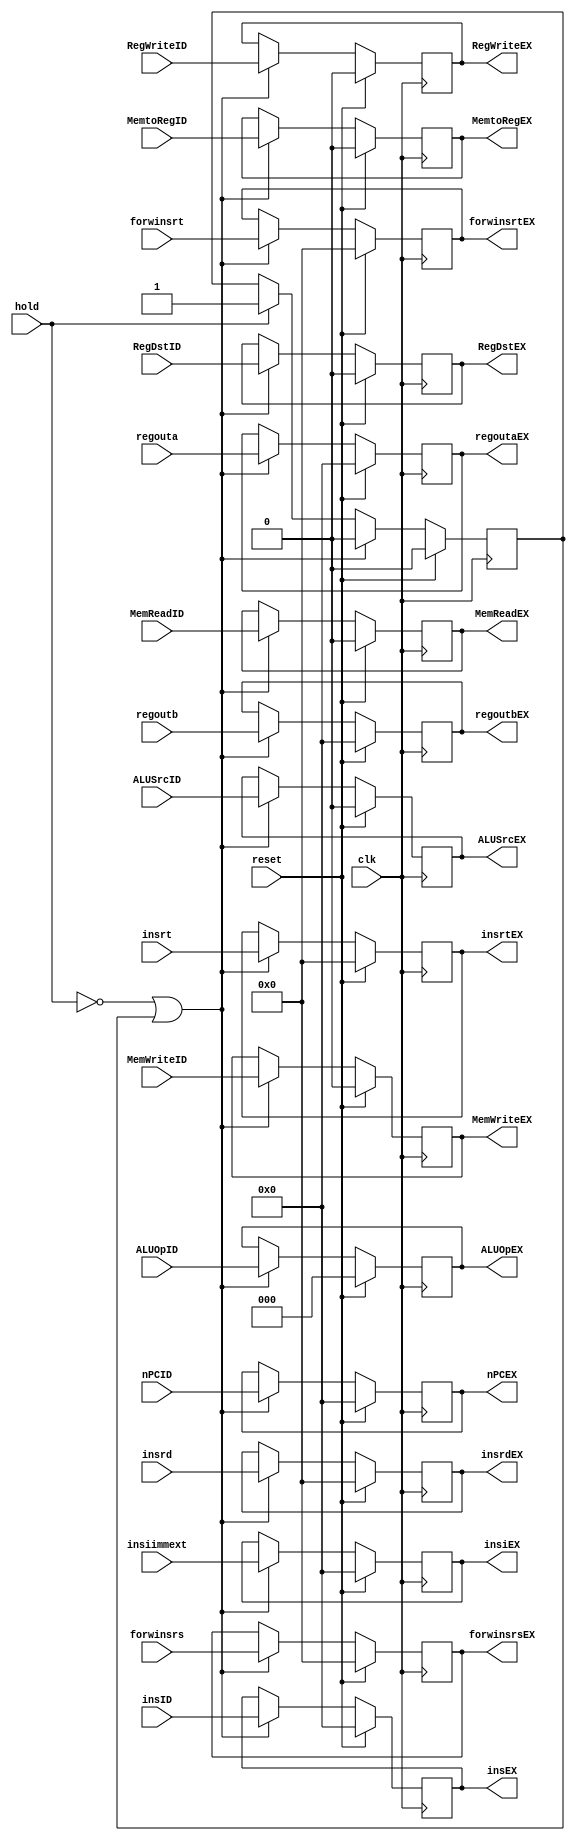
`timescale 1ns / 1ps
//////////////////////////////////////////////////////////////////////////////////
// Company: 
// Engineer: 
// 
// Design Name: 
// Module Name:    IDEX 
// Project Name: 
// Target Devices: 
// Tool versions: 
// Description: 
//
// Dependencies: 
//
// Revision: 
// Revision 0.01 - File Created
// Additional Comments: 
//
//////////////////////////////////////////////////////////////////////////////////
module IDEX(regoutaEX,regoutbEX,insEX,nPCEX,insiEX,insrtEX,insrdEX,MemWriteEX,MemReadEX,MemtoRegEX,RegWriteEX,ALUSrcEX,ALUOpEX,RegDstEX,regouta,regoutb,insID,nPCID,insiimmext,insrt,insrd,ALUOpID,RegDstID,ALUSrcID,MemWriteID,MemReadID,MemtoRegID,RegWriteID,clk,forwinsrs,forwinsrt,forwinsrsEX,forwinsrtEX,hold,reset);
input clk;
input[31:0] regouta;
input[31:0] regoutb;
input[31:0] insID;
input[31:0] nPCID;
input[31:0] insiimmext;
input[4:0] insrt;
input[4:0] insrd;
input[2:0] ALUOpID;
input RegDstID;
input ALUSrcID;
input MemWriteID;
input MemReadID;
input MemtoRegID;
input RegWriteID;
input [4:0]forwinsrs;
input [4:0]forwinsrt;
input hold;
input reset;
output reg[31:0] regoutaEX;
output reg[31:0] regoutbEX;
output reg[31:0] insEX;
output reg[31:0] nPCEX;
output reg[31:0] insiEX;
output reg[4:0] insrtEX;
output reg[4:0] insrdEX;
output reg MemWriteEX;
output reg MemReadEX;
output reg MemtoRegEX;
output reg RegWriteEX;
output reg ALUSrcEX;
output reg[2:0] ALUOpEX;
output reg RegDstEX;
output reg[4:0] forwinsrsEX;
output reg[4:0] forwinsrtEX;
reg flag;
initial begin
regoutaEX=32'b0;
regoutbEX=32'b0;
insEX=32'b0;
nPCEX=32'b0;
insiEX=32'b0;
insrtEX=5'b0;
insrdEX=5'b0;
MemWriteEX=1'b0;
MemReadEX=1'b0;
MemtoRegEX=1'b0;
RegWriteEX=1'b0;
ALUSrcEX=1'b0;
ALUOpEX=3'b0;
RegDstEX=1'b0;
forwinsrsEX=5'b0;
forwinsrtEX=5'b0;
flag=1'b0;
end
always @(posedge clk) begin
if (reset) begin
regoutaEX<=32'b0;
regoutbEX<=32'b0;
insEX<=32'b0;
nPCEX<=32'b0;
insiEX<=32'b0;
insrtEX<=5'b0;
insrdEX<=5'b0;
MemWriteEX<=1'b0;
MemReadEX<=1'b0;
MemtoRegEX<=1'b0;
RegWriteEX<=1'b0;
ALUSrcEX<=1'b0;
ALUOpEX<=3'b0;
RegDstEX<=1'b0;
forwinsrsEX<=5'b0;
forwinsrtEX<=5'b0;
flag<=1'b0;
end
else if ((!hold) || (flag==1'b1)) begin
regoutaEX<=regouta;
regoutbEX<=regoutb;
insEX<=insID;
nPCEX<=nPCID;
insiEX<=insiimmext;
insrtEX<=insrt;
insrdEX<=insrd;
MemWriteEX<=MemWriteID;
MemReadEX<=MemReadID;
MemtoRegEX<=MemtoRegID;
RegWriteEX<=RegWriteID;
RegDstEX<=RegDstID;
ALUOpEX<=ALUOpID;
ALUSrcEX<=ALUSrcID;
forwinsrsEX<=forwinsrs;
forwinsrtEX<=forwinsrt;
flag<=1'b0;
end
else if (hold) begin
flag<=1'b1;
end
end
endmodule